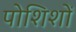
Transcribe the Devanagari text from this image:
पोशिशों